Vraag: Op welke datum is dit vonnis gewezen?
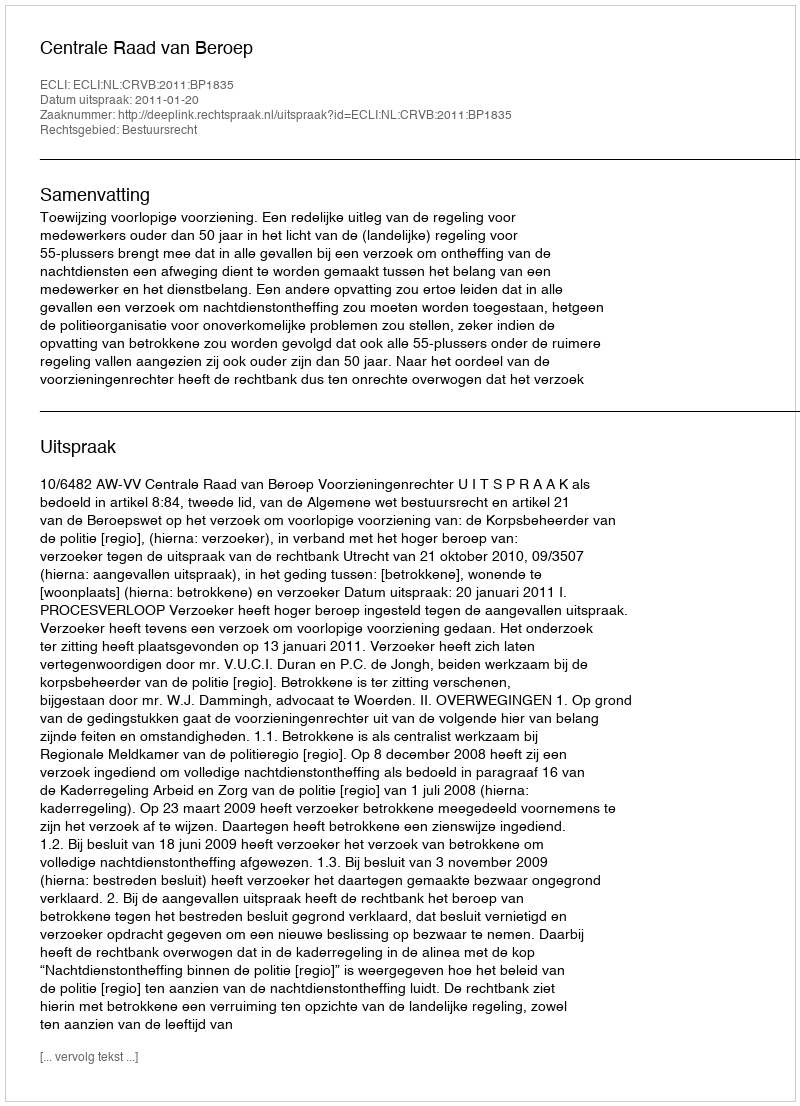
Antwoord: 2011-01-20